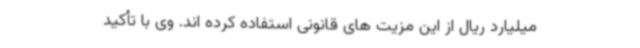
میلیارد ریال از این مزیت های قانونی استفاده کرده اند. وی با تأکید